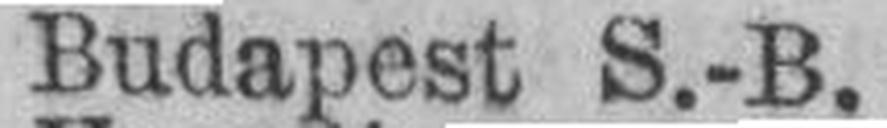
Budapest S.-B.